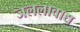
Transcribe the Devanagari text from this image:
जललावाद्य